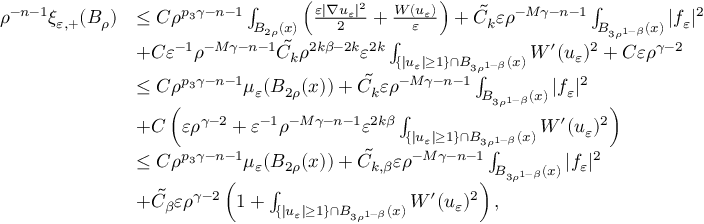
\begin{array} { r l } { \rho ^ { - n - 1 } \xi _ { \varepsilon , + } ( B _ { \rho } ) } & { \leq C \rho ^ { p _ { 3 } \gamma - n - 1 } \int _ { B _ { 2 \rho } ( x ) } \left( \frac { \varepsilon | \nabla u _ { \varepsilon } | ^ { 2 } } { 2 } + \frac { W ( u _ { \varepsilon } ) } { \varepsilon } \right) + \tilde { C } _ { k } \varepsilon \rho ^ { - M \gamma - n - 1 } \int _ { B _ { 3 \rho ^ { 1 - \beta } } ( x ) } | f _ { \varepsilon } | ^ { 2 } } \\ & { + C \varepsilon ^ { - 1 } \rho ^ { - M \gamma - n - 1 } \tilde { C } _ { k } \rho ^ { 2 k \beta - 2 k } \varepsilon ^ { 2 k } \int _ { \{ | u _ { \varepsilon } | \geq 1 \} \cap B _ { 3 \rho ^ { 1 - \beta } } ( x ) } W ^ { \prime } ( u _ { \varepsilon } ) ^ { 2 } + C \varepsilon \rho ^ { \gamma - 2 } } \\ & { \leq C \rho ^ { p _ { 3 } \gamma - n - 1 } \mu _ { \varepsilon } ( B _ { 2 \rho } ( x ) ) + \tilde { C } _ { k } \varepsilon \rho ^ { - M \gamma - n - 1 } \int _ { B _ { 3 \rho ^ { 1 - \beta } } ( x ) } | f _ { \varepsilon } | ^ { 2 } } \\ & { + C \left( \varepsilon \rho ^ { \gamma - 2 } + \varepsilon ^ { - 1 } \rho ^ { - M \gamma - n - 1 } \varepsilon ^ { 2 k \beta } \int _ { \{ | u _ { \varepsilon } | \geq 1 \} \cap B _ { 3 \rho ^ { 1 - \beta } } ( x ) } W ^ { \prime } ( u _ { \varepsilon } ) ^ { 2 } \right) } \\ & { \leq C \rho ^ { p _ { 3 } \gamma - n - 1 } \mu _ { \varepsilon } ( B _ { 2 \rho } ( x ) ) + \tilde { C } _ { k , \beta } \varepsilon \rho ^ { - M \gamma - n - 1 } \int _ { B _ { 3 \rho ^ { 1 - \beta } } ( x ) } | f _ { \varepsilon } | ^ { 2 } } \\ & { + \tilde { C } _ { \beta } \varepsilon \rho ^ { \gamma - 2 } \left( 1 + \int _ { \{ | u _ { \varepsilon } | \geq 1 \} \cap B _ { 3 \rho ^ { 1 - \beta } } ( x ) } W ^ { \prime } ( u _ { \varepsilon } ) ^ { 2 } \right) , } \end{array}